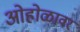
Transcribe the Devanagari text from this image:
ओहोळावर